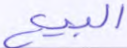
البيع